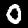
Digit: 0